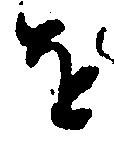
を